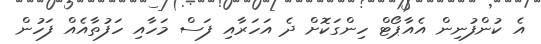
އެ ކުންފުނިން އެއާޕޯޓް ހިންގަކޮށް ދެ އަހަރާއި ފަސް މަހާއި ހަފުތާއެއް ފަހުން